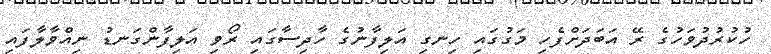
ހުކުރުދުވަހުގެ ރޭ އަބަދަށްފެހި މަގުގައި ހިނގި އަލިފާނުގެ ހާދިސާގައި ރޯވި އަލިފާންގަނޑު ނިއްވާލާފައި